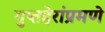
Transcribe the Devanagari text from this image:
गुप्तहेरांप्रमणे